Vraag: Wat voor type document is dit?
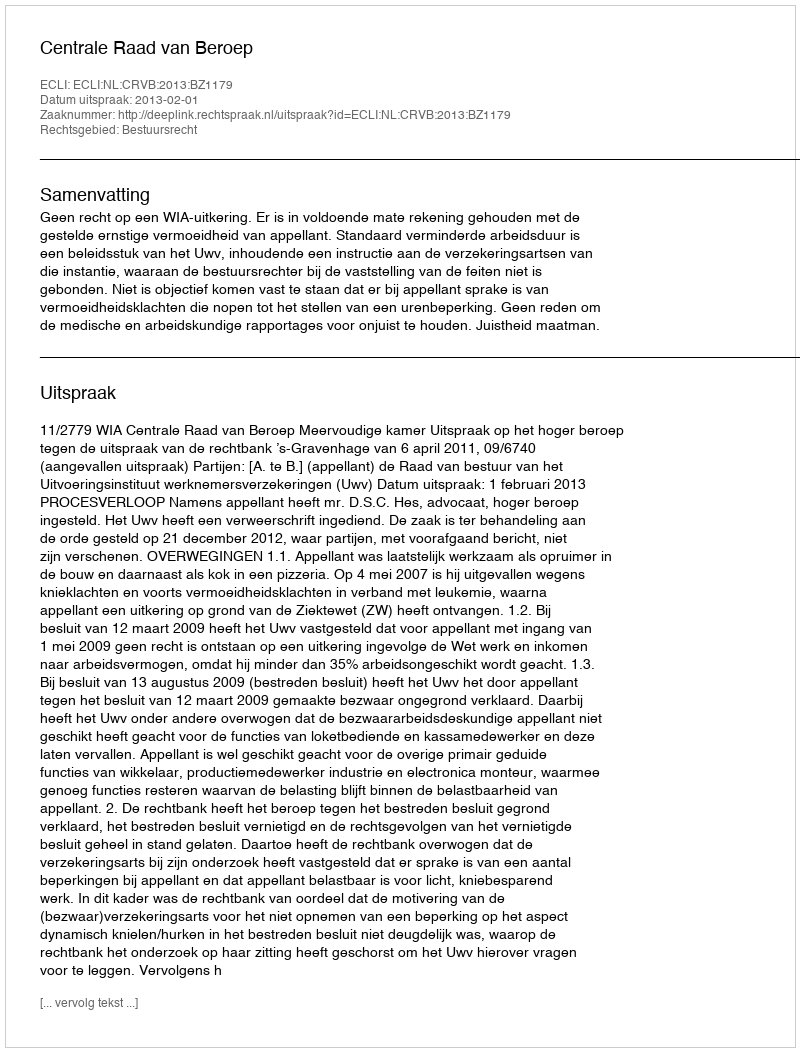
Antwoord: Uitspraak